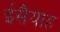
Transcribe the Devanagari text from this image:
ईसैयाह